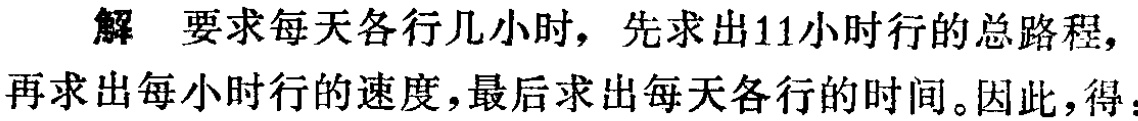
解 要求每天各行几小时，先求出11小时行的总路程，再求出每小时行的速度，最后求出每天各行的时间。因此，得：